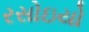
રસોઇયો